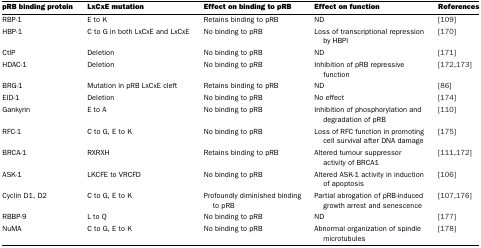
| pRB binding protein | LxCxE mutation | Effect on binding to pRB | Effect on function | References |
 | --- | --- | --- | --- | --- |
 | RBP-1 | E to K | Retains binding to pRB | ND | [109] |
 | HBP-1 | C to G in both LxCxE and LxCxE | No binding to pRB | Loss of transcriptional repression by HBPl | [170] |
 | CtIP | Deletion | No binding to pRB | ND | [171] |
 | HDAC-1 | Deletion | No binding to pRB | Inhibition of pRB repressive function | [172,173] |
 | BRG-1 | Mutation in pRB LxCxE cleft | Retains binding to pRB | ND | [86] |
 | EID-1 | Deletion | No binding to pRB | No effect | [174] |
 | Gankyrin | E to A | No binding to pRB | Inhibition of phosphorylation and degradation of pRB | [110] |
 | RFC-1 | C to G, E to K | No binding to pRB | Loss of RFC function in promoting cell survival after DNA damage | [175] |
 | BRCA-1 | RXRXH | Retains binding to pRB | Altered tumour suppressor activity of BRCA1 | [111,172] |
 | ASK-1 | LKCFE to VRCFD | No binding to pRB | Altered ASK-1 activity in induction of apoptosis | [106] |
 | Cyclin D1, D2 | C to G, E to K | Profoundly diminished binding to pRB | Partial abrogation of pRB-induced growth arrest and senescence | [107,176] |
 | RBBP-9 | L to Q | No binding to pRB | ND | [177] |
 | NuMA | C to G, E to K | No binding to pRB | Abnormal organization of spindle microtubules | [178] |